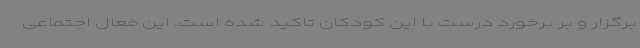
برگزار و بر برخورد درست با این کودکان تاکید شده است. این فعال اجتماعی